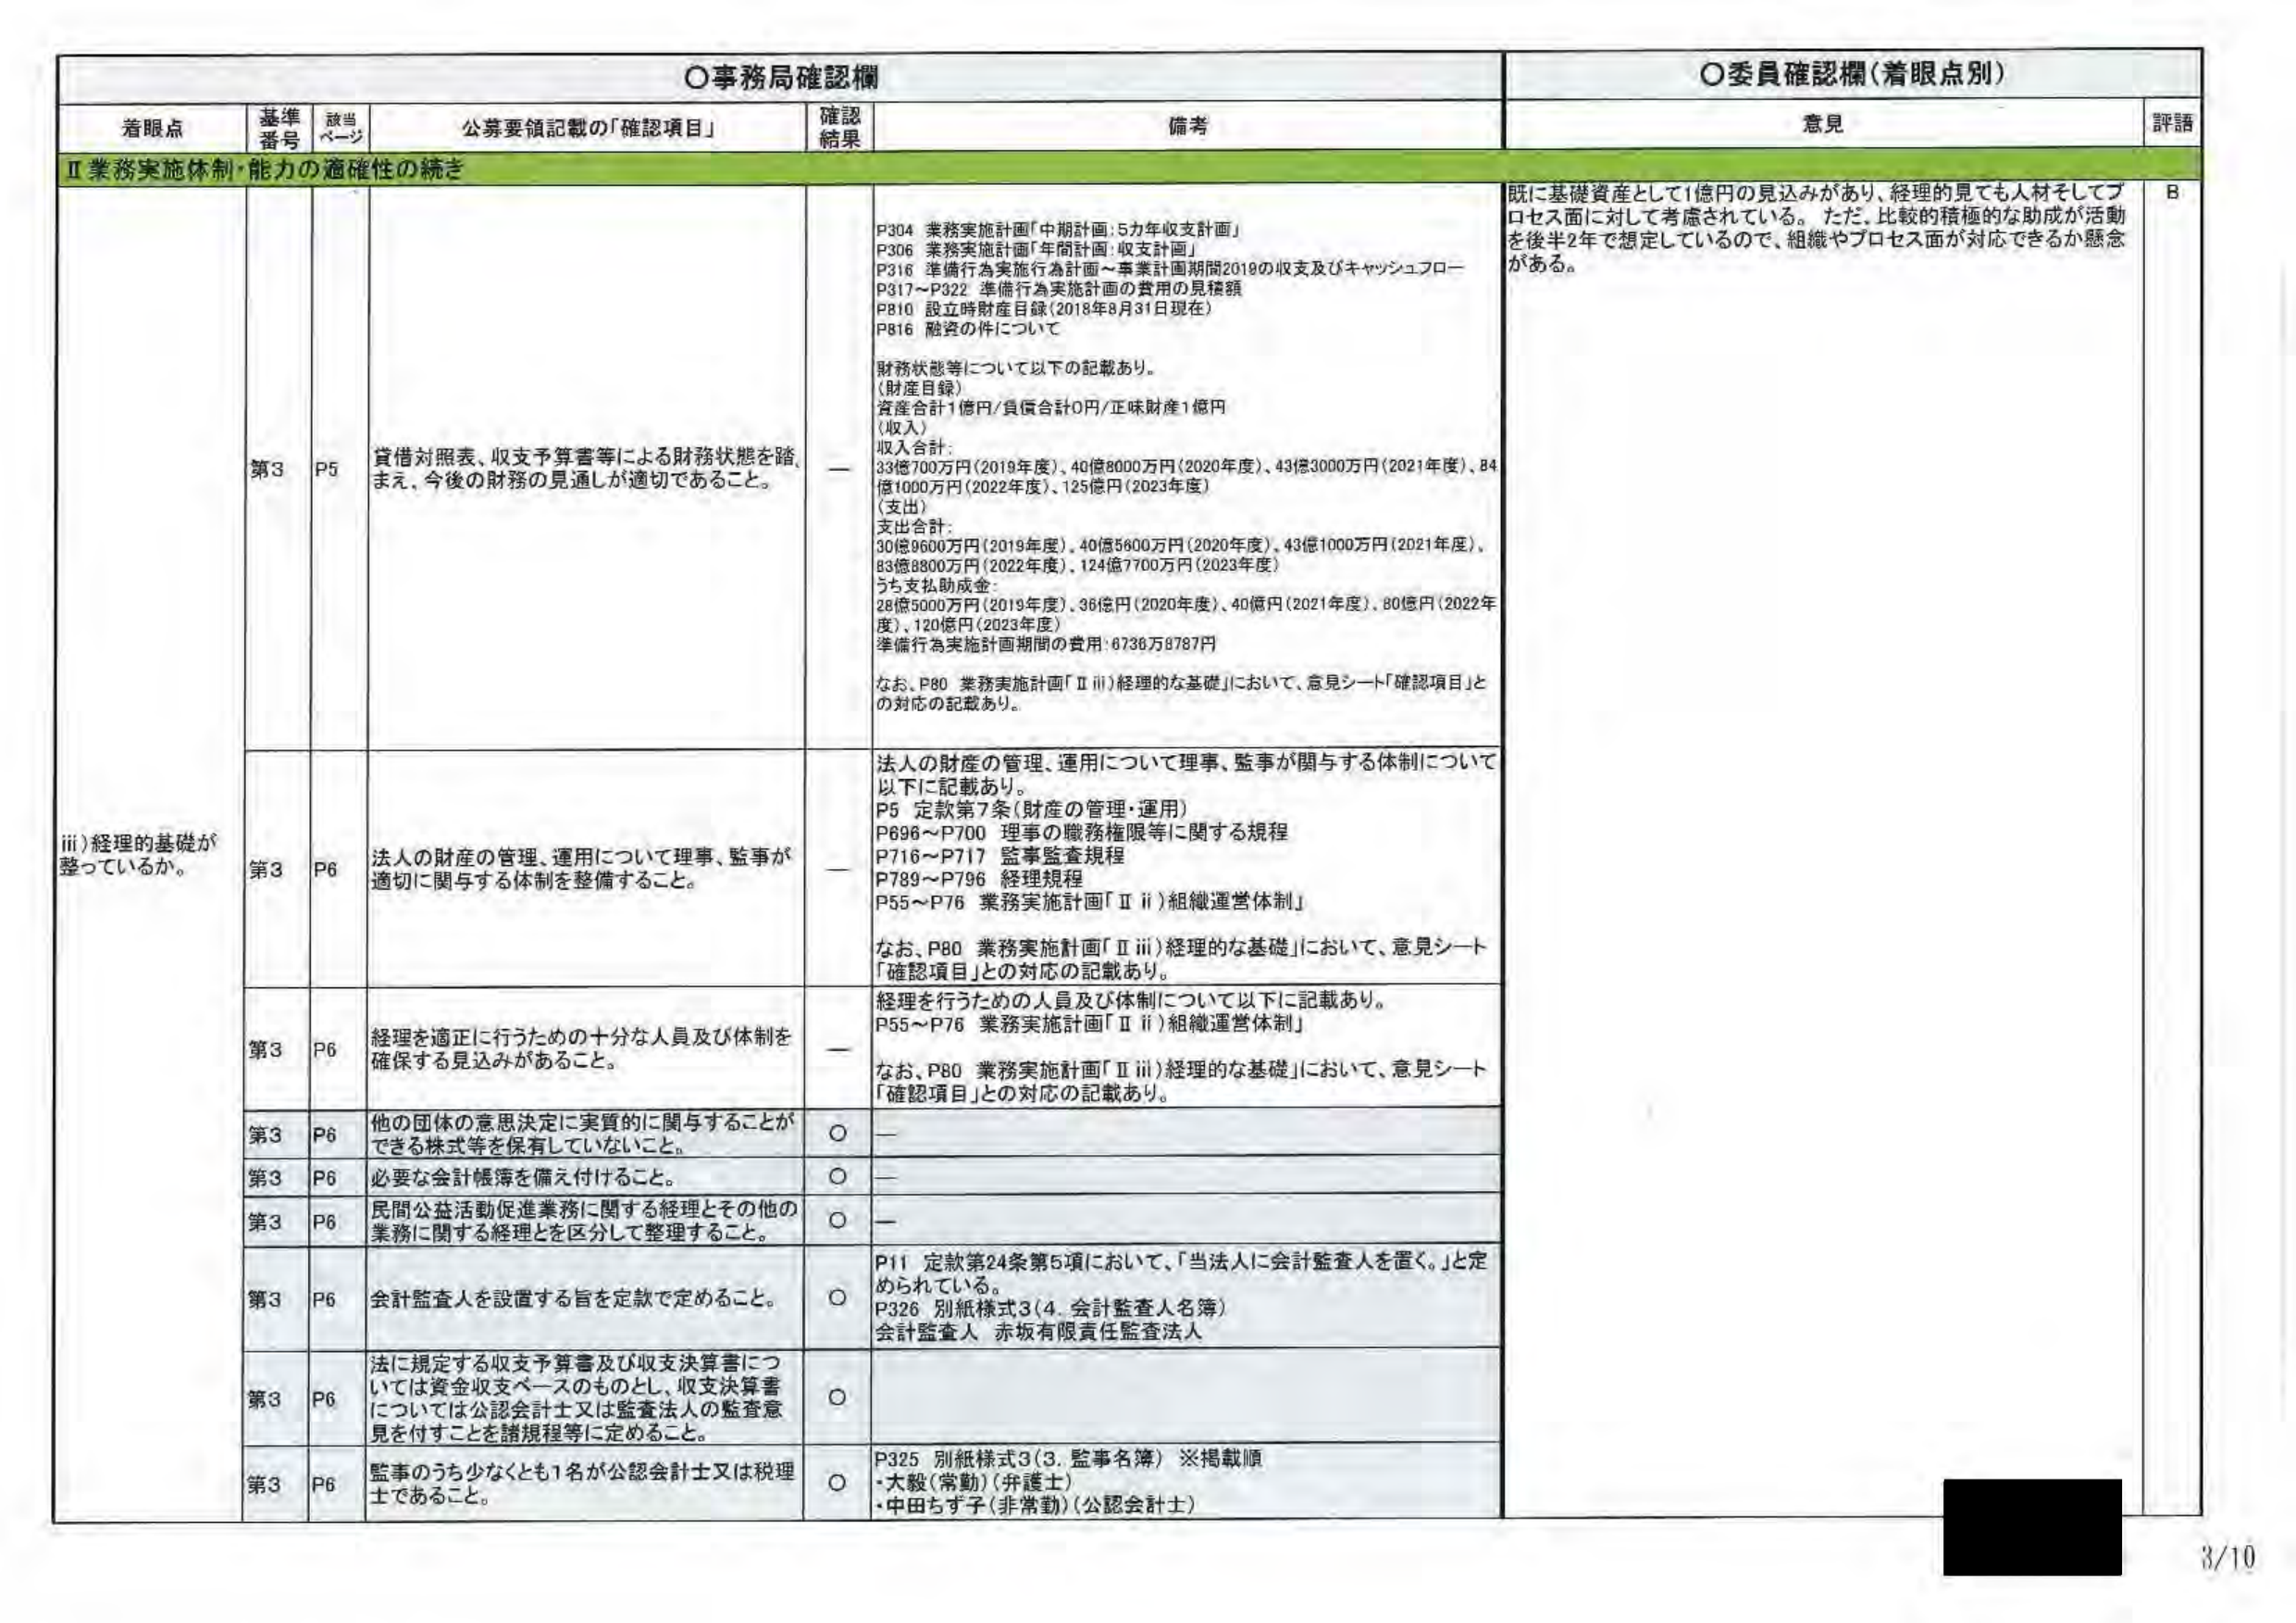
〇事務局確認欄
〇委員確認欄（着眼点別）

着眼点　　基準番号　　該当ページ　　公募要領記載の「確認項目」　　確認結果　　備考　　意見　　評語

Ⅱ 業務実施体制・能力の適確性の続き

iii) 経理の基礎が整っているか。

第3　　P5　　貸借対照表、収支予算書等による財務状態を踏まえ、今後の財務の見通しが適切であること。　　ー　　P304 業務実施計画「中期計画：5カ年収支計画」
P306 業務実施計画「年間計画：収支計画」
P316 準備行為実施行為計画～事業計画期間2019の収支及びキャッシュフロー
P317～P322 準備行為実施計画の費用の見積額
P810 設立時財産目録（2018年8月31日現在）
P816 融資の件について

財務状態等について以下の記載あり。
（財産目録）
資産合計1億円／負債合計0円／正味財産1億円
（収入）
収入合計：
33億700万円（2019年度）、40億8000万円（2020年度）、43億3000万円（2021年度）、84億1000万円（2022年度）、125億円（2023年度）
（支出）
支出合計：
30億9600万円（2019年度）、40億5600万円（2020年度）、43億1000万円（2021年度）、83億8800万円（2022年度）、124億7700万円（2023年度）
うち支払助成金：
28億5000万円（2019年度）、36億円（2020年度）、40億円（2021年度）、80億円（2022年度）、120億円（2023年度）
準備行為実施計画期間の費用：6736万8787円

なお、P80 業務実施計画「Ⅱ iii）経理的な基礎」において、意見シート「確認項目」との対応の記載あり。

既に基礎資産として1億円の見込みがあり、経理的見ても人材そしてプロセス面に対して考慮されている。ただ、比較的積極的な助成が活動を後半2年で想定しているので、組織やプロセス面が対応できるか懸念がある。　　B

第3　　P6　　法人の財産の管理、運用について理事、監事が適切に関与する体制を整備すること。　　ー　　法人の財産の管理、運用について理事、監事が関与する体制について以下に記載あり。
P5 定款第7条（財産の管理・運用）
P696～P700 理事の職務権限等に関する規程
P716～P717 監事監査規程
P789～P796 経理規程
P55～P76 業務実施計画「Ⅱ ii）組織運営体制」

なお、P80 業務実施計画「Ⅱ iii）経理的な基礎」において、意見シート「確認項目」との対応の記載あり。

第3　　P6　　経理を適正に行うための十分な人員及び体制を確保する見込みがあること。　　ー　　経理を行うための人員及び体制について以下に記載あり。
P55～P76 業務実施計画「Ⅱ ii）組織運営体制」

なお、P80 業務実施計画「Ⅱ iii）経理的な基礎」において、意見シート「確認項目」との対応の記載あり。

第3　　P6　　他の団体の意思決定に実質的に関与することができる株式等を保有していないこと。　　〇　　ー

第3　　P6　　必要な会計帳簿を備え付けること。　　〇　　ー

第3　　P6　　民間公益活動促進業務に関する経理とその他の業務に関する経理とを区分して整理すること。　　〇　　ー

第3　　P6　　会計監査人を設置する旨を定款で定めること。　　〇　　P11 定款第24条第5項において、「当法人に会計監査人を置く。」と定められている。
P326 別紙様式3（4. 会計監査人名簿）
会計監査人 赤坂有限責任監査法人

第3　　P6　　法に規定する収支予算書及び収支決算書については資金収支ベースのものとし、収支決算書については公認会計士又は監査法人の監査意見を付すことを諸規程等に定めること。　　〇　　ー

第3　　P6　　監事のうち少なくとも1名が公認会計士又は税理士であること。　　〇　　P325 別紙様式3（3. 監事名簿）※掲載順
・大毅（常勤）（弁護士）
・中田ちず子（非常勤）（公認会計士）

3/10